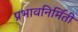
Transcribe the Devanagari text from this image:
प्रभावनिर्मिती